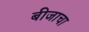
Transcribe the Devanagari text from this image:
बीजाचा